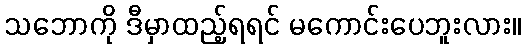
သဘောကို ဒီမှာထည့်ရရင် မကောင်းပေဘူးလား။